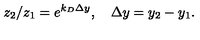
z _ { 2 } / z _ { 1 } = e ^ { k _ { D } \Delta y } , \quad \Delta y = y _ { 2 } - y _ { 1 } .